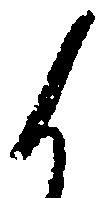
候